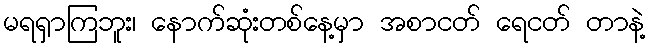
မရရှာကြဘူး၊ နောက်ဆုံးတစ်နေ့မှာ အစာငတ် ရေငတ် တာနဲ့